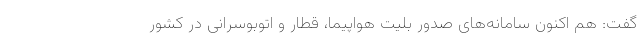
گفت: هم اکنون سامانه‌های صدور بلیت هواپیما، قطار و اتوبوسرانی در کشور